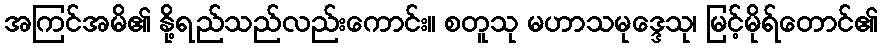
အကြင်အမိ၏ နို့ရည်သည်လည်းကောင်း။ စတူသု မဟာသမုဒ္ဒေသု၊ မြင့်မိုရ်တောင်၏